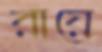
রায়ে